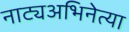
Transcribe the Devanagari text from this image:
नाट्यअभिनेत्या